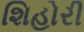
શિહોરી